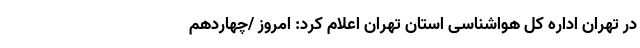
در تهران اداره کل هواشناسی استان تهران اعلام کرد: امروز /چهاردهم